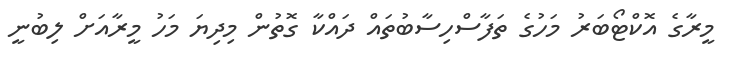
މީރާގެ އޮކްޓޯބަރު މަހުގެ ތަފާސްހިސާބުތައް ދައްކާ ގޮތުން މިދިޔަ މަހު މީރާއަށް ލިބުނީ